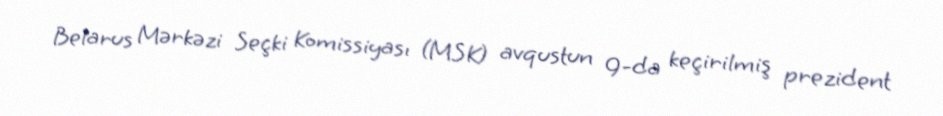
Belarus Mərkəzi Seçki Komissiyası (MSK) avqustun 9-da keçirilmiş prezident